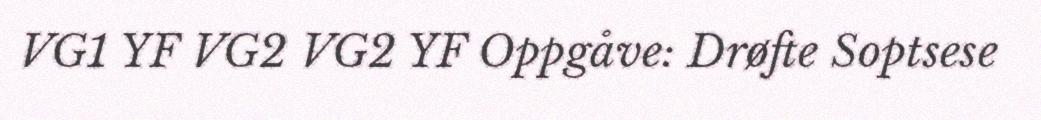
VG1 YF VG2 VG2 YF Oppgåve: Drøfte Soptsese